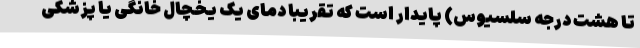
تا هشت درجه سلسیوس) پایدار است که تقریبا دمای یک یخچال خانگی یا پزشکی